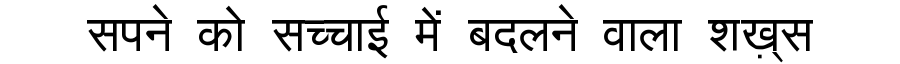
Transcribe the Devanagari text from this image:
सपने को सच्चाई में बदलने वाला शख़्स